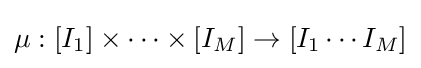
\mu :[I_{1}]\times \cdots \times [I_{M}]\to [I_{1}\cdots I_{M}]